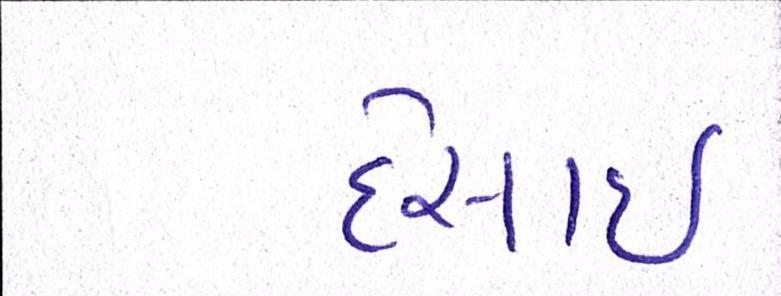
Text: દેસાઇ